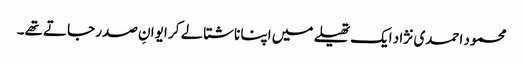
محمود احمدی نژاد ایک تھیلے میں اپنا ناشتا لے کر ایوانِ صدر جاتے تھے۔